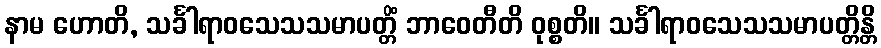
နာမ ဟောတိ, သင်္ခါရာဝသေသသမာပတ္တိံ ဘာဝေတီတိ ဝုစ္စတိ။ သင်္ခါရာဝသေသသမာပတ္တိန္တိ